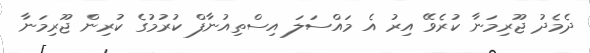
ދެމެދު ޖޫރިމަނާ ކުރެވޭ އިރު އެ މައްސަލަ އިސްތިއުނާފް ކުރުމުގެ ކުރިން ޖޫރިމަނާ